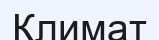
Климат